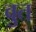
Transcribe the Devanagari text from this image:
वुत